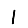
Digit: 1